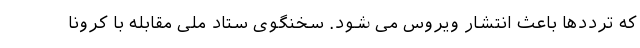
که ترددها باعث انتشار ویروس می شود. سخنگوی ستاد ملی مقابله با کرونا